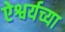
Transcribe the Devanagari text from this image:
ऐश्वर्यच्या